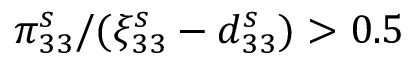
\pi _ { 3 3 } ^ { s } / ( \xi _ { 3 3 } ^ { s } - d _ { 3 3 } ^ { s } ) > 0 . 5